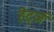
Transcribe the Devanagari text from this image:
हेर्ट्ज